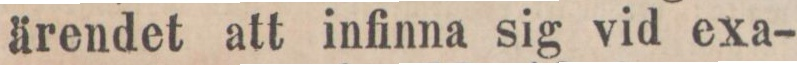
ärendet att infinna sig vid exa-